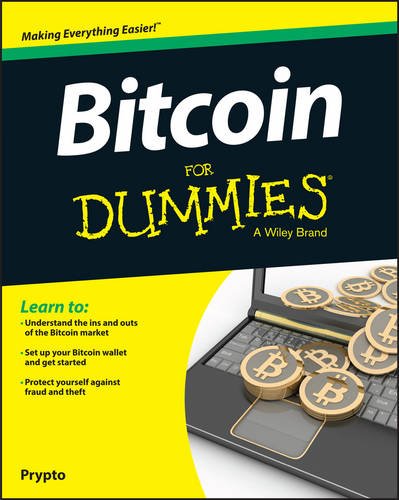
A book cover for Bitcoin For Dummies; Prypto; Computers & Technology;